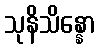
သုနိသိန္နော